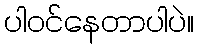
ပါ၀င်နေတာပါပဲ။